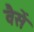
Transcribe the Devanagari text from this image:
वैसें